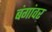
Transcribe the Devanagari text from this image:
बंगांवर